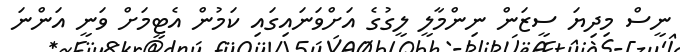
ނީސް މިދިޔަ ސީޒަން ނިންމާލީ ލީގުގެ އަށްވަނައިގައި ކަމުން އެޓީމަށް ވަނީ އަންނަ